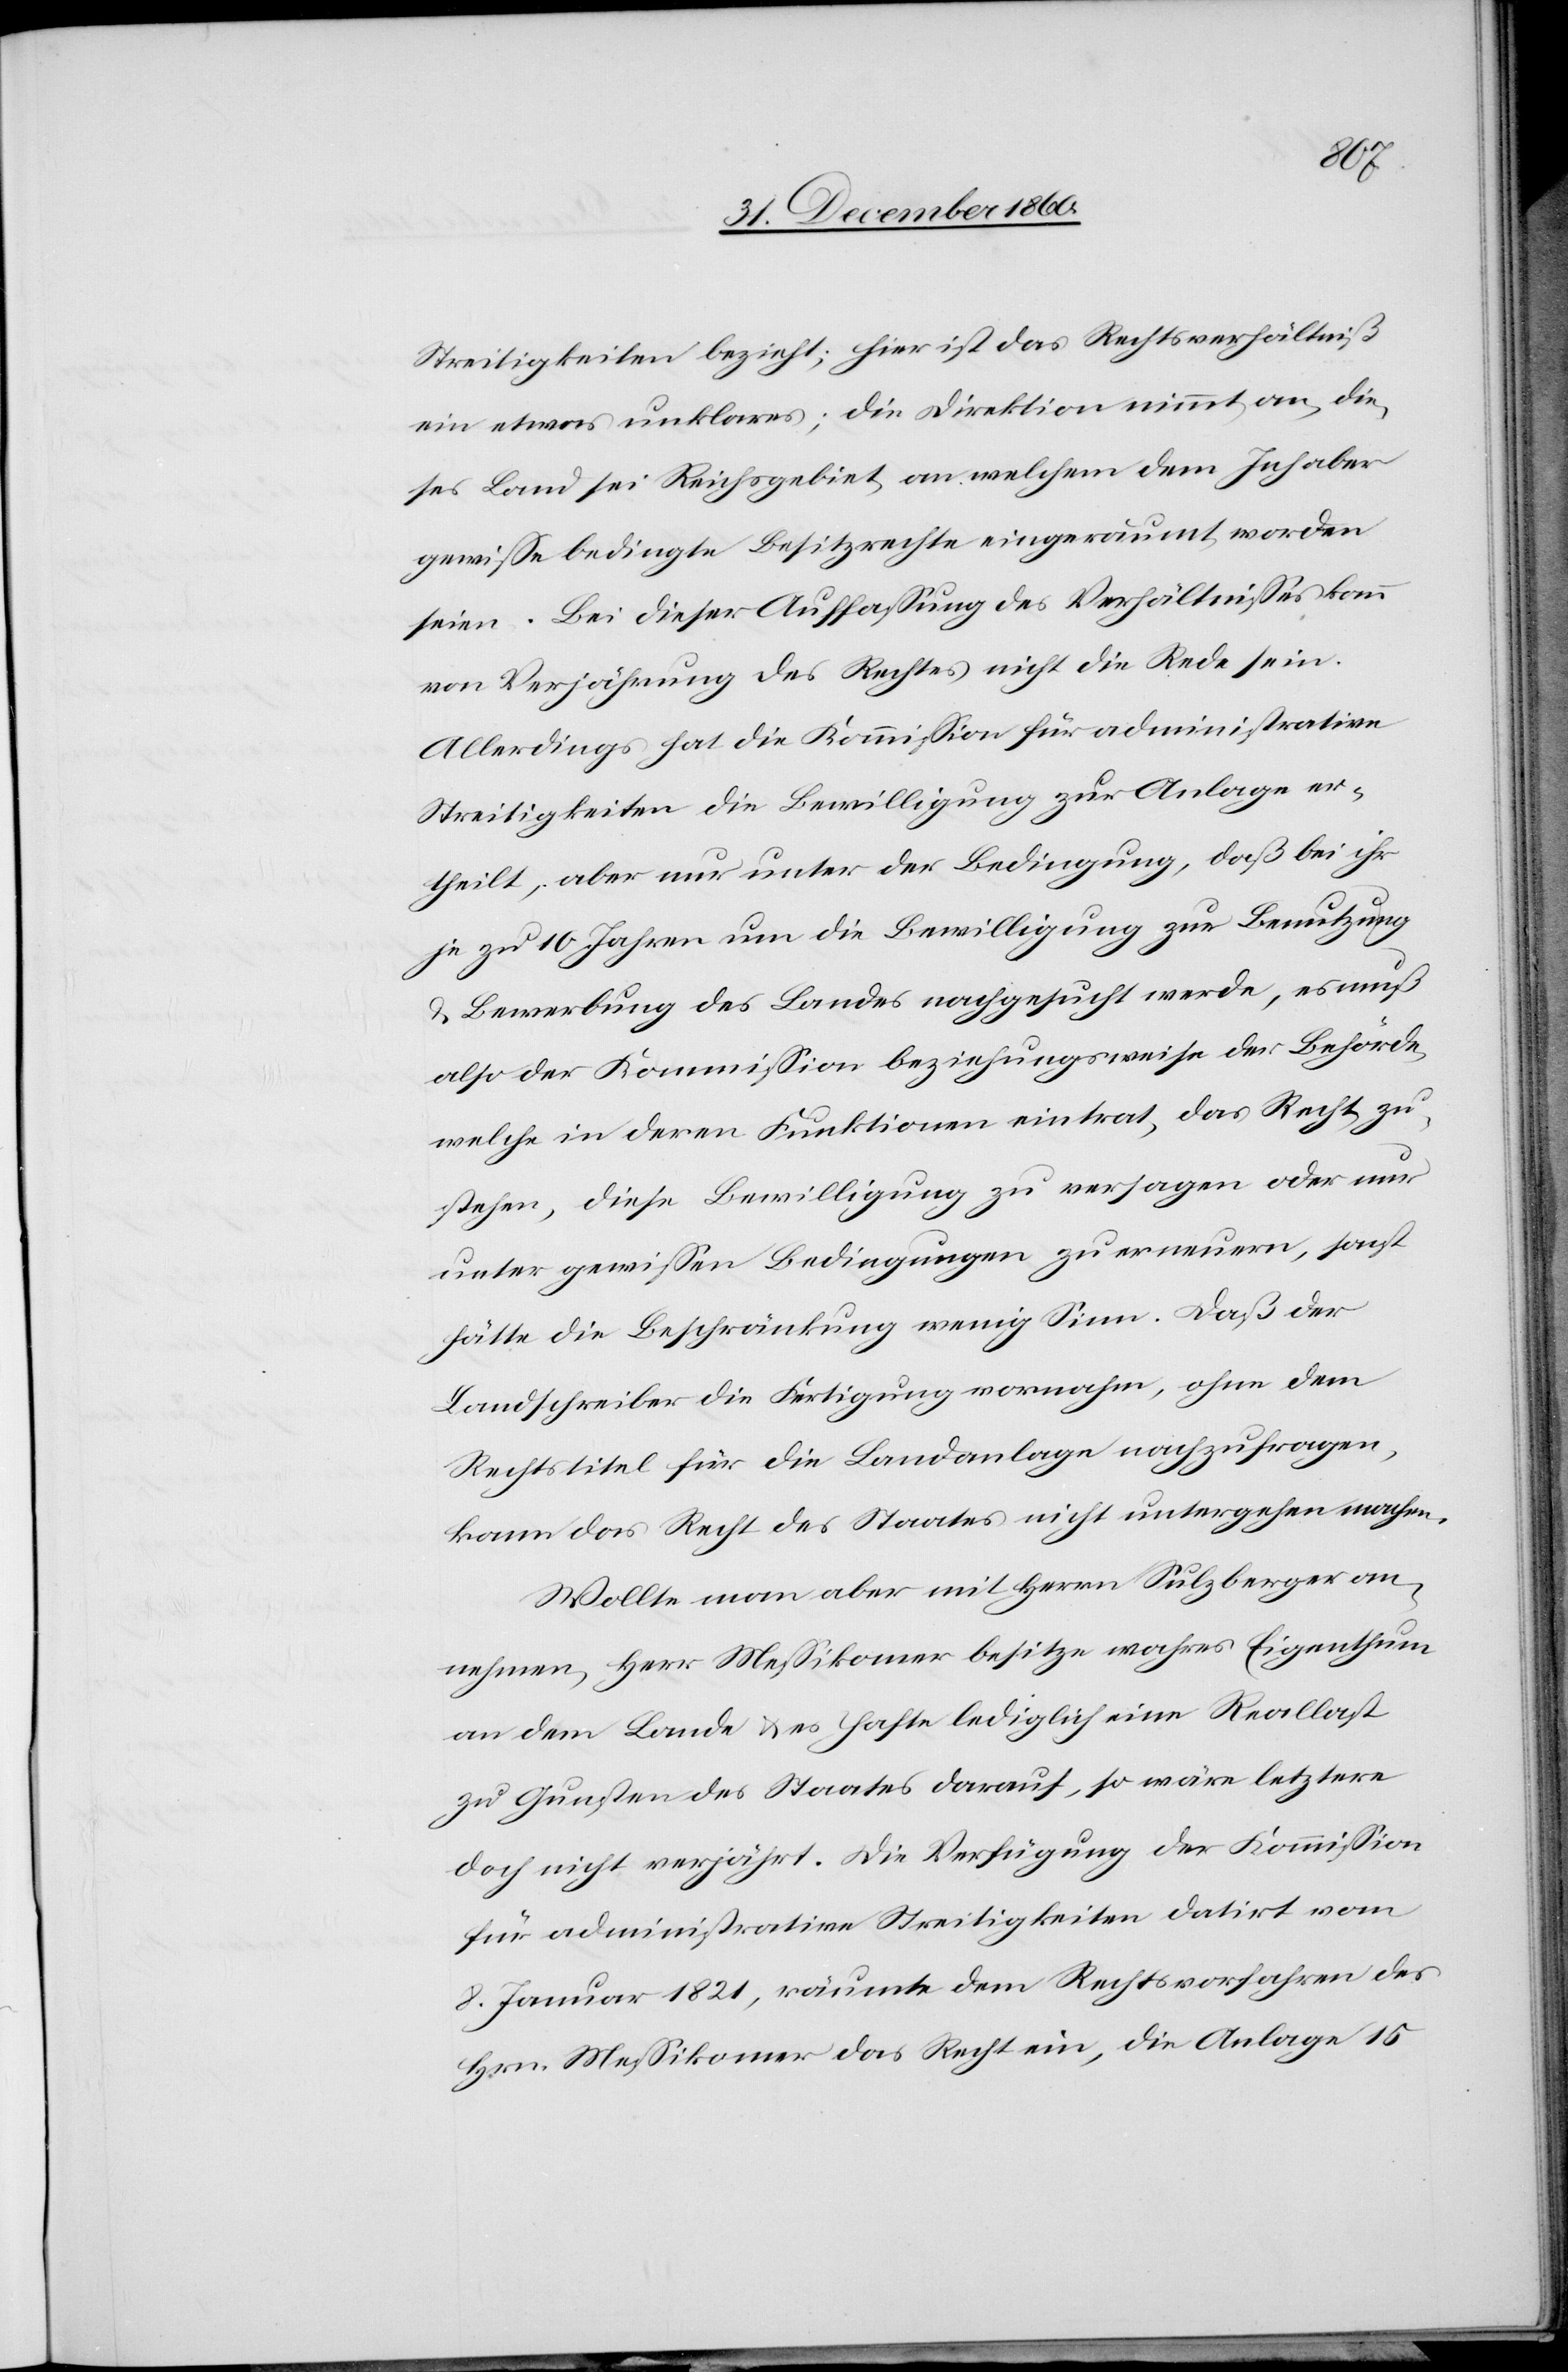
Streitigkeiten bezieht; hier ist das Rechtsverhältniß
ein etwas unklares; die Direktion nimmt an, die¬
ses Land sei Reichsgebiet, an welchem dem Inhaber
gewisse bedingte Besitzrechte eingeräumt worden
seine. Bei dieser Auffassung des Verhältnisses kann
von Verjährung des Rechtes nicht die Rede seien.
Allerdings hat die Kommission für administrative
Streitigkeiten die Bewilligung zur Anlage er¬
theilt, aber nur unter der Bedingung, daß bei ihr
je zu 10 Jahren um die Bewilligung zur Benutzung
u. Bewerbung des Landes nachgesucht werde, es muß
also der Kommission beziehungsweise der Behörde,
welche in deren Funktionen eintrat, das Recht zu¬
stehen, diese Bewilligung zu versagen oder nur
unter gewissen Bedingungen zu erneuern, sonst
hätte die Beschränkung wenig Sinn. Daß der
Landschreiber die Fertigung vornahm, ohne dem
Rechtstitel für die Landanlagen nachzufragen,
kann das Recht des Staates nicht untergehen machen.
Wollte man aber mit Herrn Sulzberger an¬
nehmen, Herr Messikomer besitze wahres Eigenthum
an dem Lande u. es hafte lediglich eine Reallast
zu Gunsten des Staates darauf, so wäre letztere
doch nicht verjährt. Die Verfügung der Kommission
für administrative Streitigkeiten datirt vom
8. Januar 1821, räumte dem Rechtsvorfahren des
Hrn. Messikomer das Recht ein, die Anlage 15